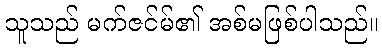
သူသည် မက်ဇင်မ်၏ အစ်မဖြစ်ပါသည်။